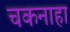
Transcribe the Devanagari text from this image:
चकनाहा